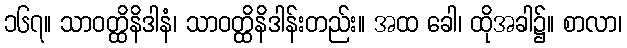
၁၆၇။ သာဝတ္ထိနိဒါနံ၊ သာဝတ္ထိနိဒါန်းတည်း။ အထ ခေါ၊ ထိုအခါ၌။ စာလာ၊